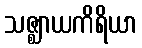
သဇ္ဈာယကိရိယာ